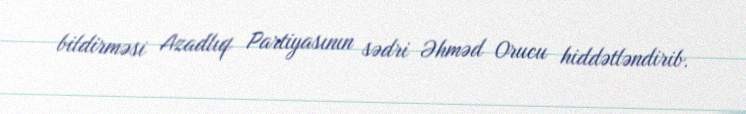
bildirməsi Azadlıq Partiyasının sədri Əhməd Orucu hiddətləndirib.